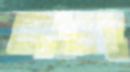
আড়ম্বরতাম্